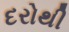
દરોથી